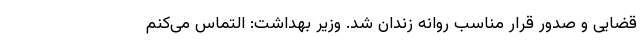
قضایی و صدور قرار مناسب روانه زندان شد. وزیر بهداشت: التماس می‌کنم